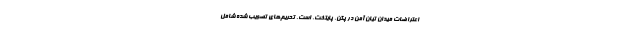
اعتراضات میدان تیان آمن در پکن، پایتخت، است. تحریم‌های تصویب شده شامل